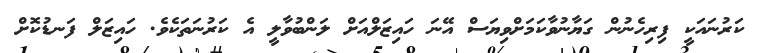
ކަރުނައަކީ ފިރިހެނުން ގަޔާނުވާކަމަށްވިޔަސް އޭނަ ހައިޒަލްއަށް ލަންބުވާލީ އެ ކަރުނަތަކެވެ. ހައިޒަލް ފަނޑުކޮށް